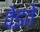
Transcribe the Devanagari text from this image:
वेइते